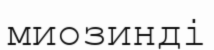
миозинді